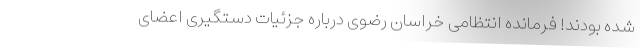
شده بودند! فرمانده انتظامی خراسان رضوی درباره جزئیات دستگیری اعضای